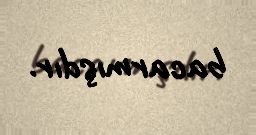
bacarmışdır.